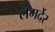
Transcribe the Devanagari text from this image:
लैगर्देर